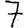
Digit: 7